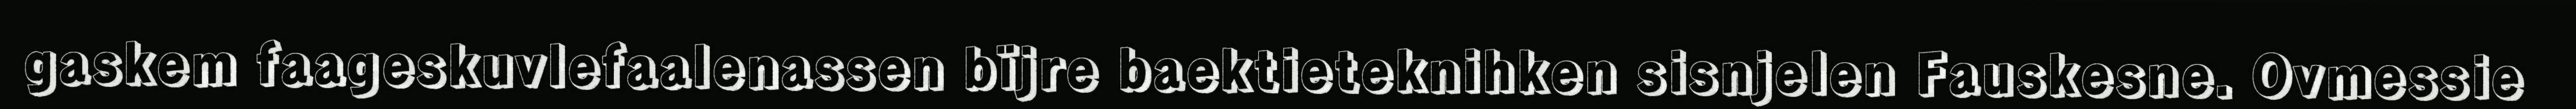
gaskem faageskuvlefaalenassen bïjre baektieteknihken sisnjelen Fauskesne. Ovmessie